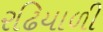
રઢિયાળી